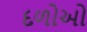
દળોઓ